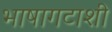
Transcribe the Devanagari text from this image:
भाषागटाशी